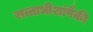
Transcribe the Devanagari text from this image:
सत्ताधीशांपैकी